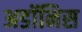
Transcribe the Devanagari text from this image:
अडॉनिस